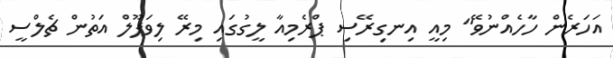
އަހަރެން ހާހެއްނުވޭ" މިއީ އިނގިރޭސި ޕްރެމިއާ ލީގުގައި މިރޭ ލިވަޕޫލް އަތުން ޗެލްސީ